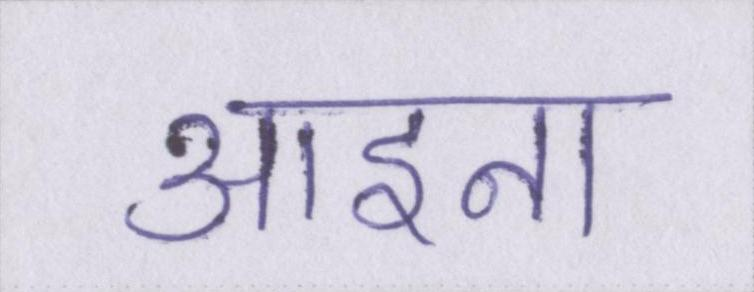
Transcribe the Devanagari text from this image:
आइना